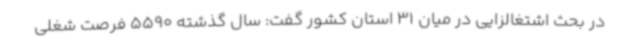
در بحث اشتغالزایی در میان 31 استان کشور گفت: سال گذشته 5590 فرصت شغلی